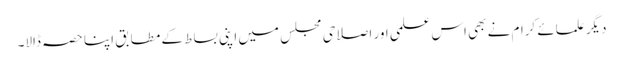
دیگر علمائے کرام نے بھی اس علمی اور اصلاحی مجلس میں اپنی بساط کے مطابق اپنا حصہ ڈالا۔